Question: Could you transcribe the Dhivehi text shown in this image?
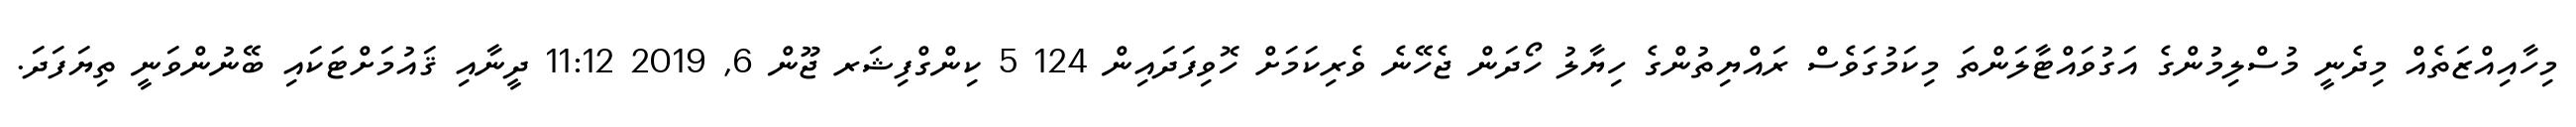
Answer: މިހާއިއްޒަތެއް މިދެނީ މުސްލިމުންގެ އަގުވައްޓާލަންތަ މިކަމުގަވެސް ރައްޔިތުންގެ ހިޔާލު ހޯދަން ޖެހޭނެ ވެރިކަމަށް ހޮވިފަދައިން 124 5 ކިންގްފިޝަރ ޖޫން 6, 2019 11:12 ދީނާއި ޤައުމަށްޓަކައި ބޭނުންވަނީ ތިޔަފަދަ.